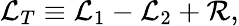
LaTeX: \mathcal{L}_{T}\equiv\mathcal{L}_{1}-\mathcal{L}_{2}+\mathcal{R},